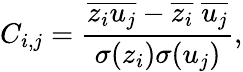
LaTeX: C_{i,j}=\frac{\overline{{z_{i}u_{j}}}-\overline{{z_{i}}}\; \overline{{u_{j}}}}{\sigma(z_{i})\sigma(u_{j})},